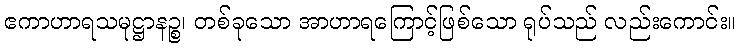
ဧကာဟာရသမုဋ္ဌာနဉ္စ၊ တစ်ခုသော အာဟာရကြောင့်ဖြစ်သော ရုပ်သည် လည်းကောင်း။